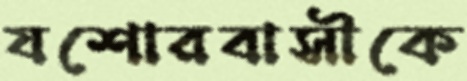
যশোরবাসীকে